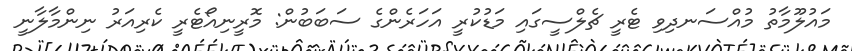
މައުލޫމާތު މުއްސަނދިވި ޓެރީ ޗެލްސީގައި މަޑުކުރީ އަހަރެންގެ ސަބަބުން: މޮރީނިއޯޓެރީ ކެރިއަރު ނިންމާލާނީ